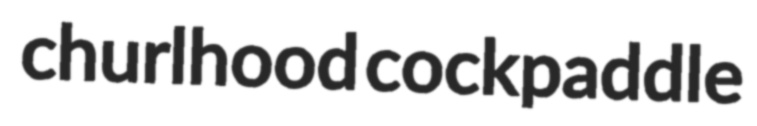
churlhood cockpaddle